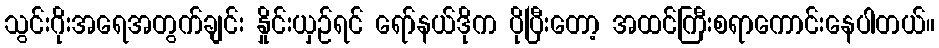
သွင်းဂိုးအရေအတွက်ချင်း နှိုင်းယှဉ်ရင် ရော်နယ်ဒိုက ပိုပြီးတော့ အထင်ကြီးစရာကောင်းနေပါတယ်။